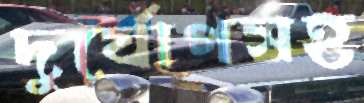
দুর্যোগসহ